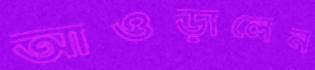
আওড়ালেন